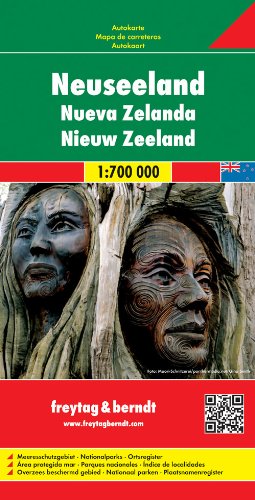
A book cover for New Zealand; Freytag-Berndt und Artaria; Travel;